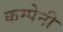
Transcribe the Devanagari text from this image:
कम्पेनी